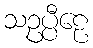
သဥပ္ပီဠေ